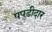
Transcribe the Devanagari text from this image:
पपड़ीदार